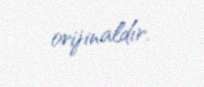
orijinaldır.